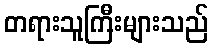
တရားသူကြီးများသည်